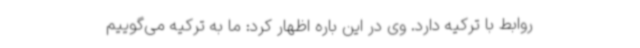
روابط با ترکیه دارد. وی در این باره اظهار کرد: ما به ترکیه می‌گوییم